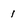
Character: 1